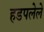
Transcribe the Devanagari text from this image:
हडपलेले